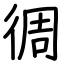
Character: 徟